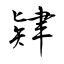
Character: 肄